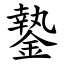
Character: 䥍